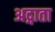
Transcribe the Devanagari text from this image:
अद्गाता